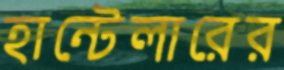
হান্টেলারের